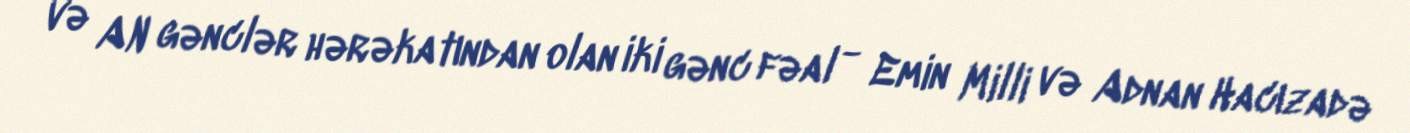
və AN gənclər hərəkatından olan iki gənc fəal - Emin Milli və Adnan Hacızadə